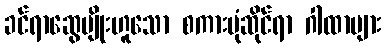
ခင်ရာဆွေမျိုးဟူသော စကားပုံဆိုင်ရာ ဂါထာများ